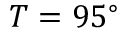
T = 9 5 ^ { \circ }